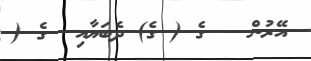
އޭރުން   ގެ ( ގެ) ދެބަޔާއި  ގެ (